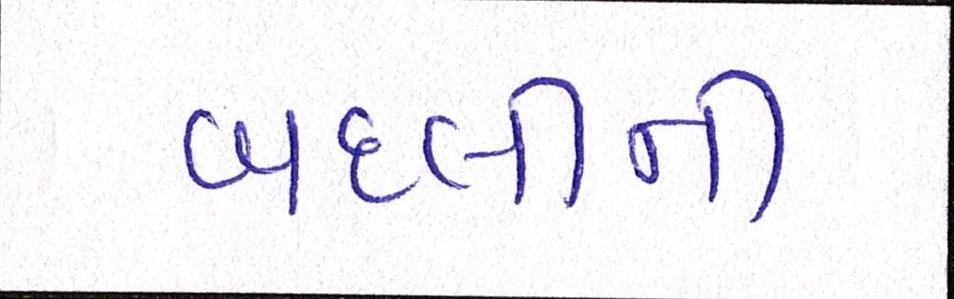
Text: બદલીની